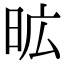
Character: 昿